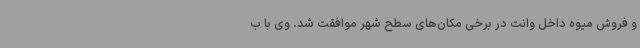
و فروش میوه داخل وانت در برخی مکان‌های سطح شهر موافقت شد. وی با ب